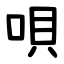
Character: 唄